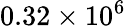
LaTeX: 0.32\times 10^{6}